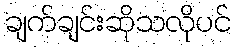
ချက်ချင်းဆိုသလိုပင်